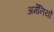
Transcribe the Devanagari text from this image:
अर्मेनियों